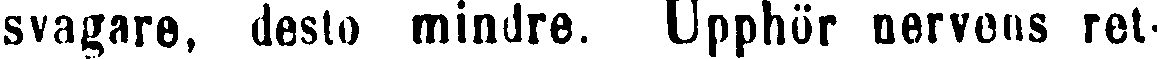
svagare, desto mindre. Upphör nervens ret-